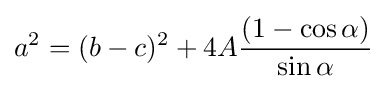
a^{2}=(b-c)^{2}+4A{\frac {(1-\cos \alpha )}{\sin \alpha }}